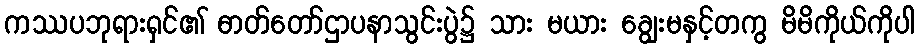
ကဿပဘုရားရှင်၏ ဓာတ်တော်ဌာပနာသွင်းပွဲ၌ သား မယား ချွေးမနှင့်တကွ မိမိကိုယ်ကိုပါ